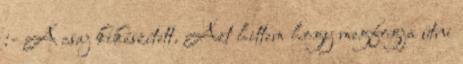
:- A csaj kikészített. Azt hittem hogy megfogja ütni